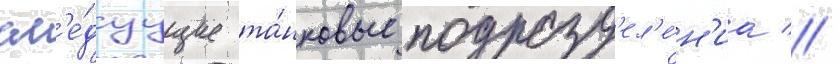
сл'е́дуущие та́нковые подразд'ел'е́н'иа //